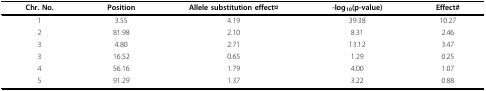
<table><thead><tr><td><b>Chr. No.</b></td><td><b>Position</b></td><td><b>Allele substitution effect¤</b></td><td><b>-log<sub>10</sub>(p-value)</b></td><td><b>Effect#</b></td></tr></thead><tbody><tr><td>1</td><td>3.55</td><td>4.19</td><td>39.38</td><td>10.27</td></tr><tr><td>2</td><td>81.98</td><td>2.10</td><td>8.31</td><td>2.46</td></tr><tr><td>3</td><td>4.80</td><td>2.71</td><td>13.12</td><td>3.47</td></tr><tr><td>3</td><td>16.52</td><td>0.65</td><td>1.29</td><td>0.25</td></tr><tr><td>4</td><td>56.16</td><td>1.79</td><td>4.00</td><td>1.07</td></tr><tr><td>5</td><td>91.29</td><td>1.37</td><td>3.22</td><td>0.88</td></tr></tbody></table>